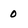
Character: 0